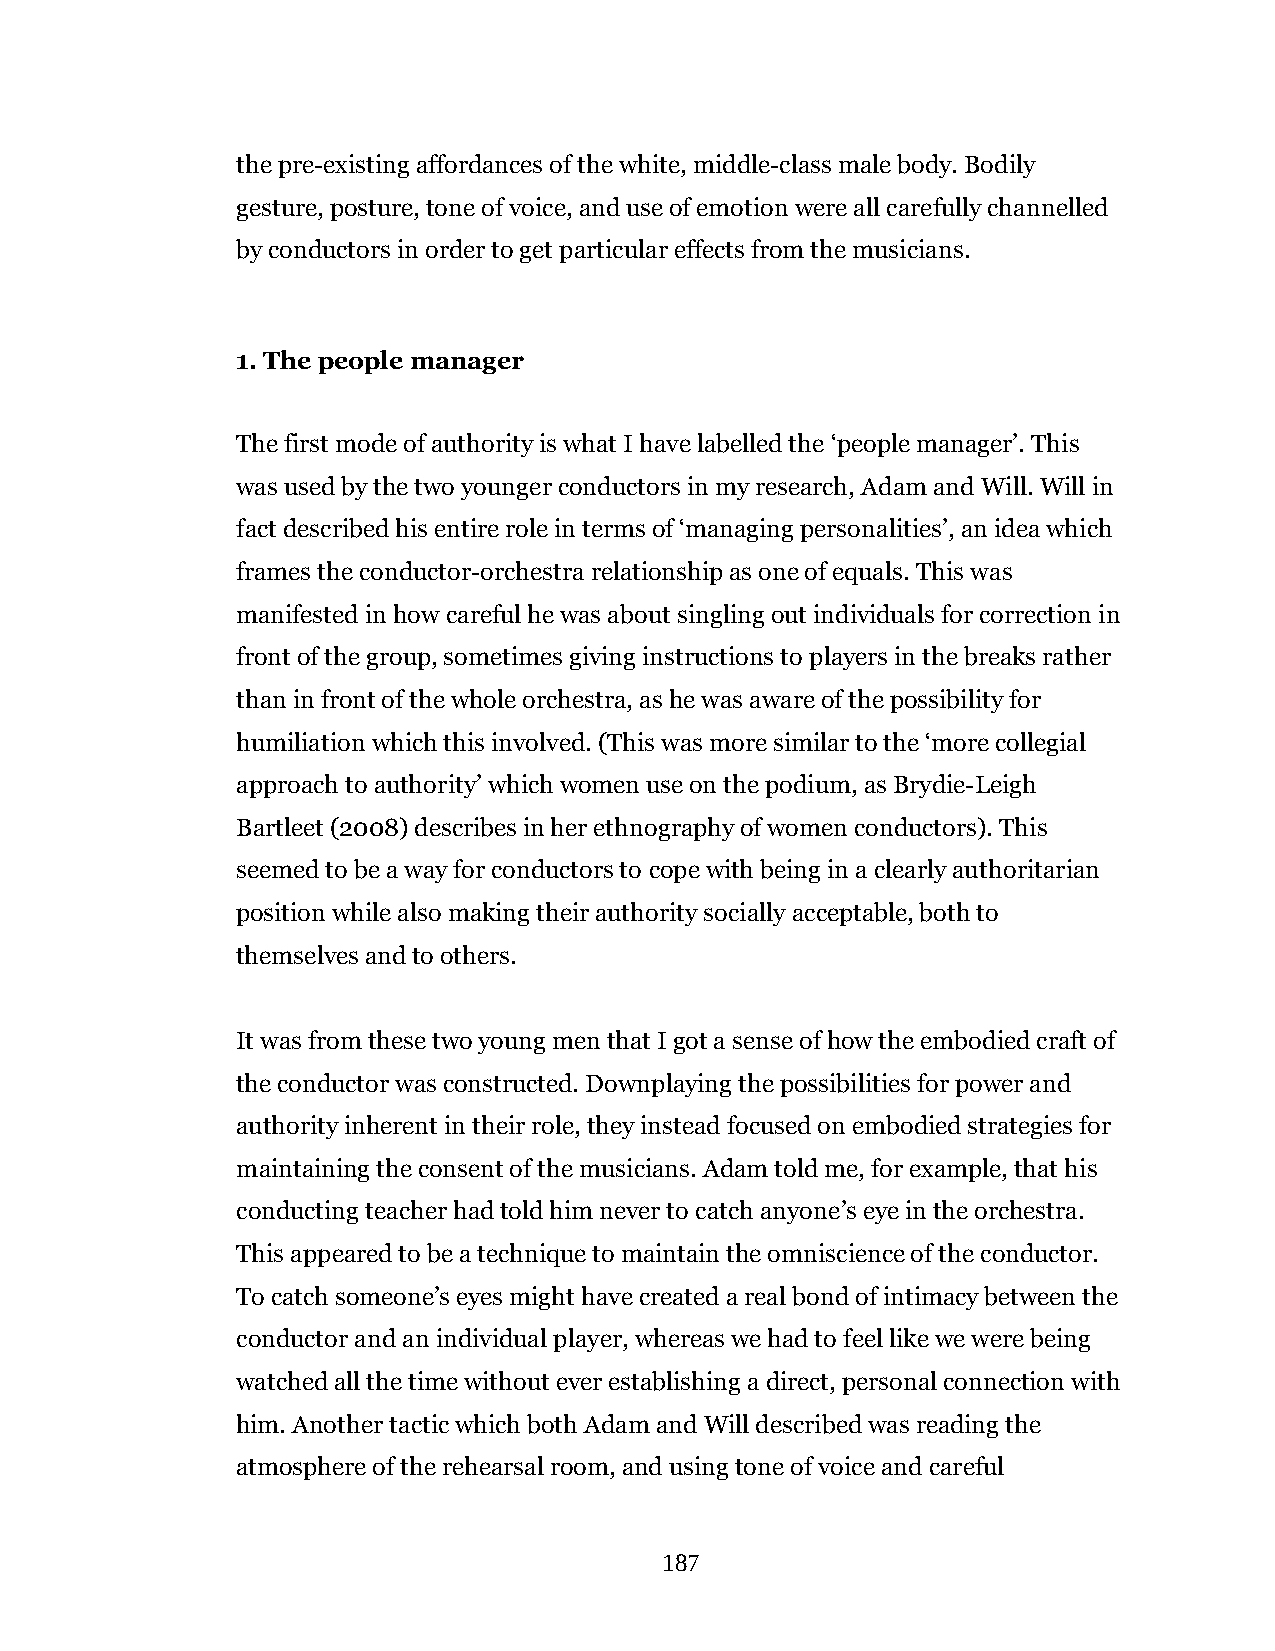
the pre-existing affordances of the white, middle-class male body. Bodily
 gesture, posture, tone of voice, and use of emotion were all carefully channelled
 by conductors in order to get particular effects from the musicians.
 1. The people manager
 The first mode of authority is what I have labelled the ‘people manager’. This
 was used by the two younger conductors in my research, Adam and Will. Will in
 fact described his entire role in terms of ‘managing personalities’, an idea which
 frames the conductor-orchestra relationship as one of equals. This was
 manifested in how careful he was about singling out individuals for correction in
 front of the group, sometimes giving instructions to players in the breaks rather
 than in front of the whole orchestra, as he was aware of the possibility for
 humiliation which this involved. (This was more similar to the ‘more collegial
 approach to authority’ which women use on the podium, as Brydie-Leigh
 Bartleet (2008) describes in her ethnography of women conductors). This
 seemed to be a way for conductors to cope with being in a clearly authoritarian
 position while also making their authority socially acceptable, both to
 themselves and to others.
 It was from these two young men that I got a sense of how the embodied craft of
 the conductor was constructed. Downplaying the possibilities for power and
 authority inherent in their role, they instead focused on embodied strategies for
 maintaining the consent of the musicians. Adam told me, for example, that his
 conducting teacher had told him never to catch anyone’s eye in the orchestra.
 This appeared to be a technique to maintain the omniscience of the conductor.
 To catch someone’s eyes might have created a real bond of intimacy between the
 conductor and an individual player, whereas we had to feel like we were being
 watched all the time without ever establishing a direct, personal connection with
 him. Another tactic which both Adam and Will described was reading the
 atmosphere of the rehearsal room, and using tone of voice and careful
 187